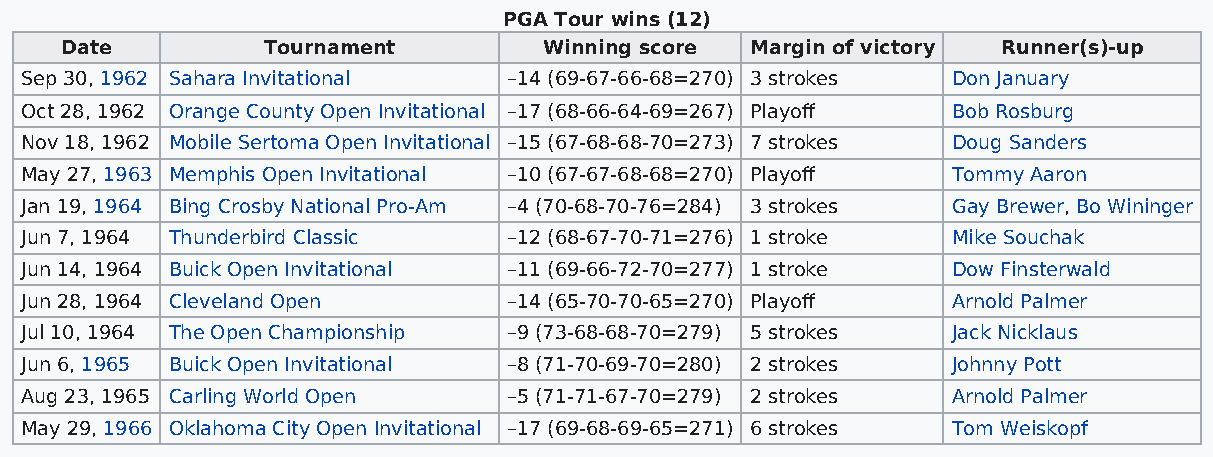
PGA Tour wins (12)
 Date         Tournament         Winning score Margin of victory Runner(s)-up
 Sep 30, 1962 Sahara Invitational –14 (69-67-66-68=270) 3 strokes Don January
 Oct 28, 1962 Orange County Open Invitational –17 (68-66-64-69=267) Playoff Bob Rosburg
 Nov 18, 1962 Mobile Sertoma Open Invitational –15 (67-68-68-70=273) 7 strokes Doug Sanders
 May 27, 1963 Memphis Open Invitational –10 (67-67-68-68=270) Playoff Tommy Aaron
 Jan 19, 1964 Bing Crosby National Pro-Am –4 (70-68-70-76=284) 3 strokes Gay Brewer, Bo Wininger
 Jun 7, 1964 Thunderbird Classic  –12 (68-67-70-71=276) 1 stroke Mike Souchak
 Jun 14, 1964 Buick Open Invitational –11 (69-66-72-70=277) 1 stroke Dow Finsterwald
 Jun 28, 1964 Cleveland Open      –14 (65-70-70-65=270) Playoff Arnold Palmer
 Jul 10, 1964 The Open Championship –9 (73-68-68-70=279) 5 strokes Jack Nicklaus
 Jun 6, 1965 Buick Open Invitational –8 (71-70-69-70=280) 2 strokes Johnny Pott
 Aug 23, 1965 Carling World Open  –5 (71-71-67-70=279) 2 strokes Arnold Palmer
 May 29, 1966 Oklahoma City Open Invitational –17 (69-68-69-65=271) 6 strokes Tom Weiskopf